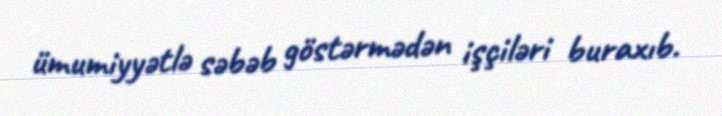
ümumiyyətlə səbəb göstərmədən işçiləri buraxıb.